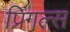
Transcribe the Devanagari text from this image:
प्रिंगल्स